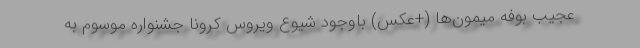
عجیب بوفه میمون‌ها (+عکس) باوجود شیوع ویروس کرونا جشنواره موسوم به